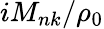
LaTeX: iM_{nk}/\rho_{0}